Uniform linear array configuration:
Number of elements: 32
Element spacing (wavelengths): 0.5
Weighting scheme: hamming
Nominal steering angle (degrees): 15
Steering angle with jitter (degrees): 14.922
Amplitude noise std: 0.05
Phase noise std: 0.05

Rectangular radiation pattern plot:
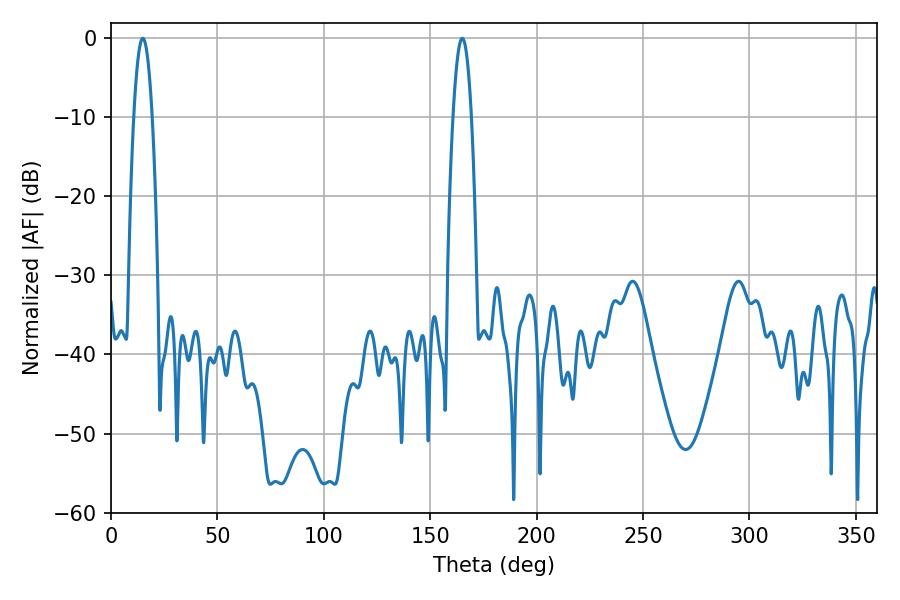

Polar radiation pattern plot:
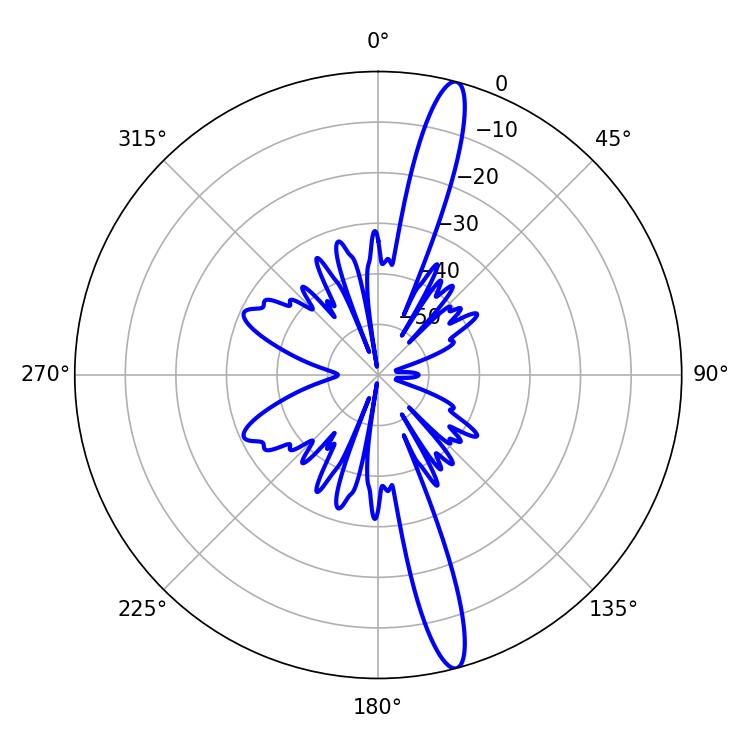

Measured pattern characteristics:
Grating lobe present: FALSE
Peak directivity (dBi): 16.368
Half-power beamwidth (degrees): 4.68
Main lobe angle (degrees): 14.94